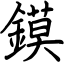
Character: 鏌